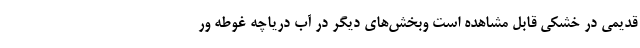
قدیمی در خشکی قابل مشاهده است وبخش‌های دیگر در آب دریاچه غوطه ور